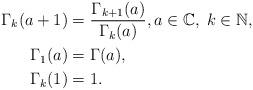
LaTeX: \begin{align*}\begin{aligned}\Gamma_k(a+1)&=\frac{\Gamma_{k+1}(a)}{\Gamma_k(a)},a\in\mathbb C,\; k\in\mathbb N, \\\Gamma_1(a)&=\Gamma(a), \\\Gamma_k(1)&=1.\end{aligned}\end{align*}